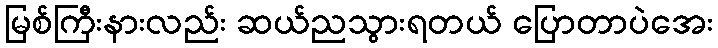
မြစ်ကြီးနားလည်း ဆယ်ညသွားရတယ် ပြောတာပဲအေး